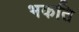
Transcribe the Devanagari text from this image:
भकति